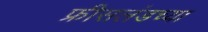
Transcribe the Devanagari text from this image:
फ्रीसलंडच्या